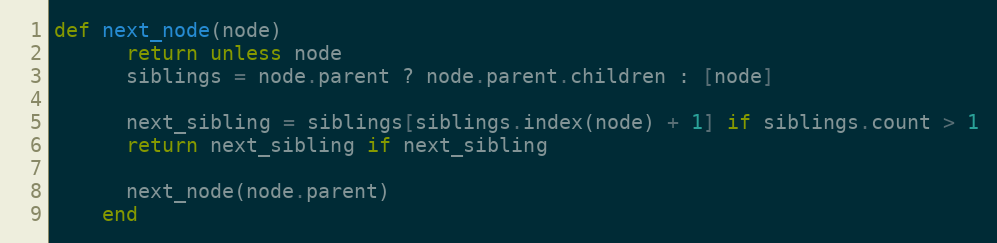
Language: Ruby
def next_node(node)
      return unless node
      siblings = node.parent ? node.parent.children : [node]

      next_sibling = siblings[siblings.index(node) + 1] if siblings.count > 1
      return next_sibling if next_sibling

      next_node(node.parent)
    end